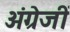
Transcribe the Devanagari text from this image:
अंग्रेजीं